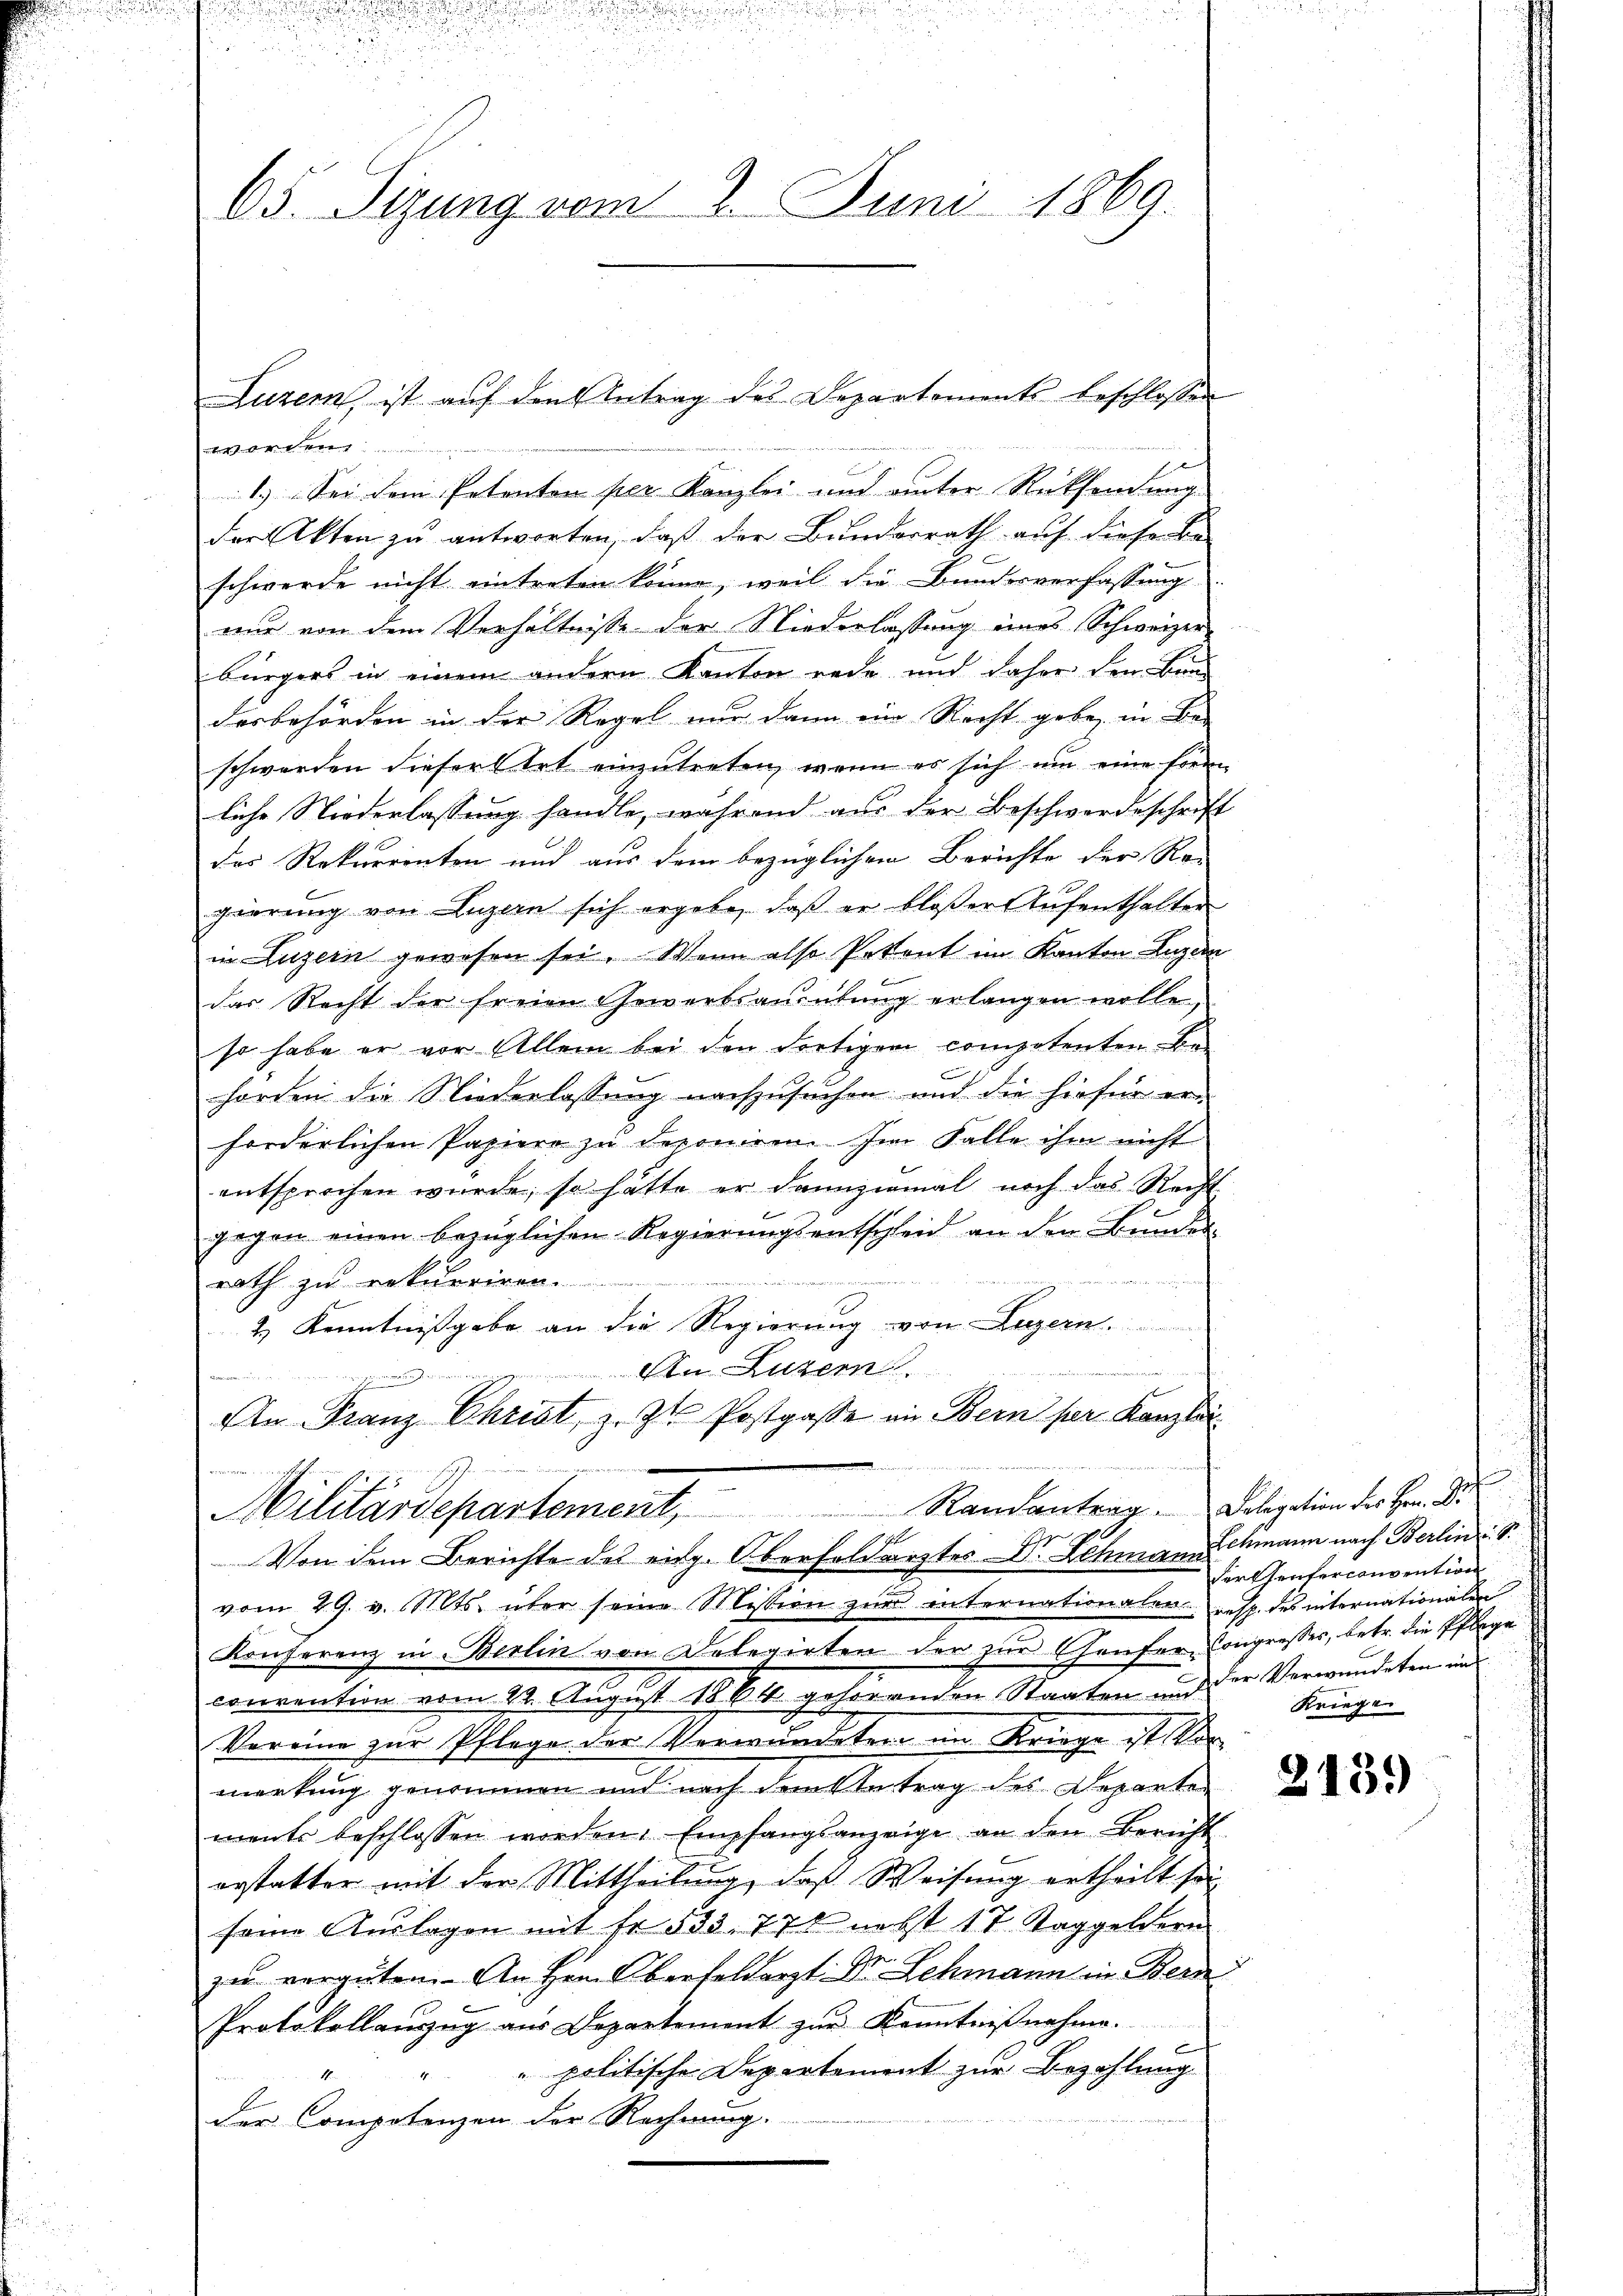
65. Sizung vom 2. Juni 1869.

or
1.) Sei dem Petenten per Kanzlei und unter Rücksendung
der Akten zu antworten, daß der Bunderrath auf diese Be-
schwerde nicht eintreten könne, weil die Bundesverfassung
nur von dem Verhältnisse der Niederlassung eines Schweizer-
bürgers in einem andern Kanton rede und daher den Bun-
desbehörden in der Regel nur dann ein Recht gebe, in Be-
schwerden dieser Art einzutreten, wenn es sich um eine Forre
liche Niederlassung handle, während aus der Beschwerdeschrift
das Rekurrenten und aus dem bezüglichen Berichte der Rei
gierung von Luzern sich ergebe, daβ er bloßer Aŭfenthalter
in Luzern gewesen sei. Wenn also Petent im Kanton Luzern
das Recht der freien Gewerbsausübung erlangen wolle,
so habe er vor Allem bei den dortigem compotenten Be-
horden die Niederlassung nachzusuchen und die hiefür er-
forderlichen Papiere zu deponiren. Im Falle ihm nicht
entsprochen würde, so hätte er dannzumal noch das Recht
gegen einen bezüglichen Regierungsentscheid an den Bunden
rath zu erkurriren.
2.) Kenntnißgabe an die Regierung von Luzern.
An Luzern
men wie e
An Franz Christ, z. Zt. Postgasse in Bern ser Kanzlei

25
Militärdepartement, Randantrag. Deligation des Hrn. D
Von dem Berichte des eidg. Oberhaldärztes Dr. Lehmann Schmann nach Berlin S.
vom 29. v. Mts. über seine Mission zur internationaler resp. des internationalen
Konferenz in Berlin von Delegirten der zur Genfer-Congresses, betr. die Pflege
convention vom 22. August 1861. gehörenden Staaten und der Verwundeten und
Vereine zur Pflege der Verwundeter im Kriege ist Vor
merkung genommen und nach dem Betrag des Departen
ments beschlossen worden. Empfangsanzeige an den Bericht
erstatter mit der Mittheilung, daß Weisung ertheilt sei
seine Auslagen mit Fr. 533. 778 nebst 17. Taggeldern
u
zu vergüten. An Hrn. Oberfeldarzt Dr. Lehmann in Bern
Protokollanzug aus Departement zŭr Kenntnißnahme.
" politische Departement zur Bezahlung
1
der Compotenzen der Rechnung.

Luzern, ist auf den Antrag des Departements beschlossen

E

Fersenter convention
Kriege

2139